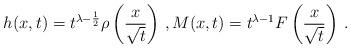
LaTeX: \begin{align*} h(x,t) = t^{\lambda-\frac{1}{2}} \rho \left(\frac{x}{\sqrt{t}}\right) \, , M(x,t) = t^{\lambda-1} F\left(\frac{x}{\sqrt{t}} \right) \, .\end{align*}